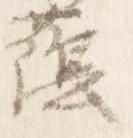
蔭